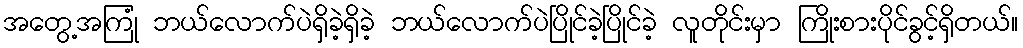
အတွေ့အကြုံ ဘယ်လောက်ပဲရှိခဲ့ရှိခဲ့ ဘယ်လောက်ပဲပြိုင်ခဲ့ပြိုင်ခဲ့ လူတိုင်းမှာ ကြိုးစားပိုင်ခွင့်ရှိတယ်။